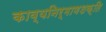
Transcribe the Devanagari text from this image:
काव्यनिर्माणशक्ति